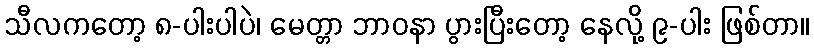
သီလကတော့ ၈-ပါးပါပဲ၊ မေတ္တာ ဘာဝနာ ပွားပြီးတော့ နေလို့ ၉-ပါး ဖြစ်တာ။